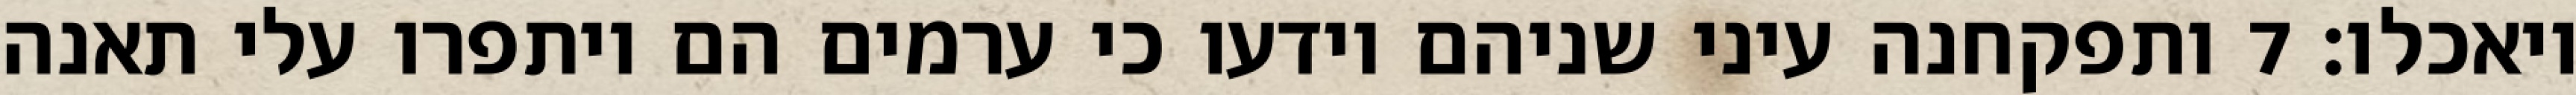
ויאכלו׃ ‎7‏ ותפקחנה עיני שניהם וידעו כי ערמים הם ויתפרו עלי תאנה